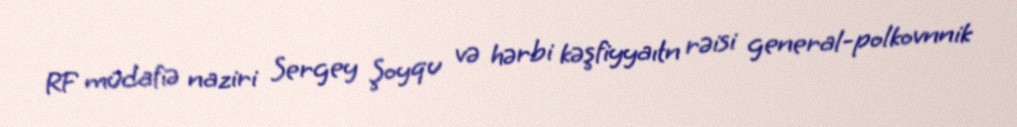
RF müdafiə naziri Sergey Şoyqu və hərbi kəşfiyyaıtn rəisi general-polkovnnik